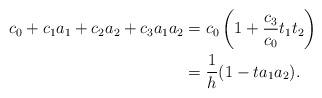
LaTeX: \begin{align*}c_0+c_1a_1+c_2a_2+c_3a_1a_2 &= c_0\left( 1 + \frac {c_3}{c_0} t_1t_2\right) \\&= \frac {1}{h} (1 - ta_1a_2).\end{align*}